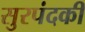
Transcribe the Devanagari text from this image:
सुरपंदकी